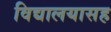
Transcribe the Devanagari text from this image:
विद्यालयासह